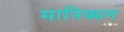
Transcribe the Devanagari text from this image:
मानिक्यम